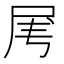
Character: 𡱄